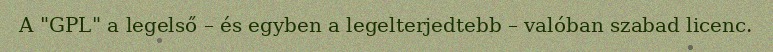
A "GPL" a legelső – és egyben a legelterjedtebb – valóban szabad licenc.